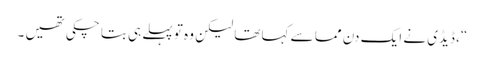
“، ڈیڈی نے ایک دن مما سے کہا تھا لیکن وہ تو پہلے ہی بتا چکی تھیں ۔